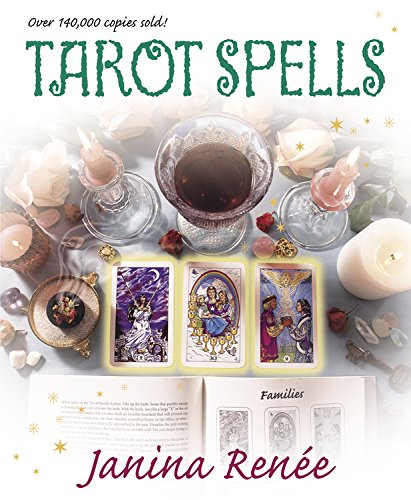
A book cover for Tarot Spells (Llewellyn's New Age Tarot Series); Janina RenÃ©e; Religion & Spirituality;